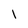
Character: l